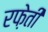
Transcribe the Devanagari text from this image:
रफे़ती